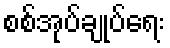
စစ်အုပ်ချုပ်ရေး